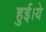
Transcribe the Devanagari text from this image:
हुई।ये